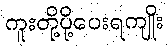
ကူးတို့ပို့ပေးရကျိုး